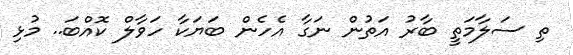
ތި ސަލާމަތީ ބާރު އަތުން ނަގާ އެހެން ބަޔަކާ ހަވާލް ކޮއްބަ.. މުޅި